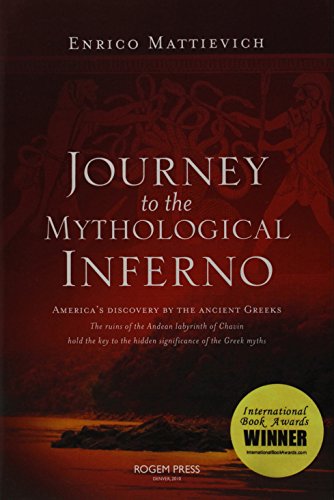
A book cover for Journey to the Mythological Inferno; Enrico Mattievich; Travel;